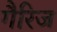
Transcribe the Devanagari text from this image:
गैरिज